Senior Leaving Certificate Examination (including Day School Certificate (Higher) General paper), 1948
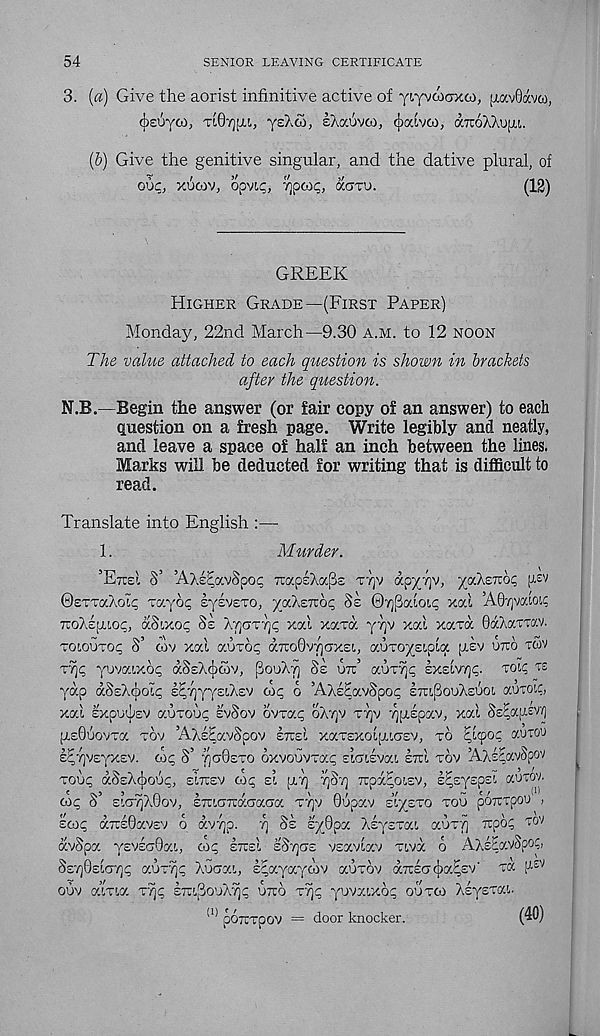
54
SENIOR LEAVING CERTIFICATE
3. [a) Give the aorist infinitive active of yiyvcocrxco, [xavOavw,
^euyGi, TiQruM, yeXco, sXocuvco, (^aivco, aTcoXAufxi,.
(b) Give the genitive singular, and the dative plural, of
O'JC, xuwv, opvi,i;, '/}p(£Q, IXCTTO.
(12)
GREEK
Higher Grade—(First Paper)
Monday, 22nd March—9.30 a.m. to 12 noon
The value attached to each question is shown in brackets
after the question.
N.B.—Begin the answer (or fair copy of an answer) to each
question on a fresh page. Write legibly and neatly,
and leave a space of half an inch between the lines.
Marks will be deducted for writing that is difficult to
read.
Translate into English :—
1.
Murder.
’Ettsl S’ ’AXs^avSpot; raxpsAocPs tt)v dpy/]v, yc/ikzTzhc, fisv
©sttocaolp tgcjoc; eysvETO, ypiXeTzbq §£ 07)(3atoi^ xal ’AG/jvaioti
7ro>.£[i.LO(;, aSixoq 8e XyjGrvjq xal xavd y7]v xal xavd OaXarrav.
toioutoc; S’ cov xal auvop dTroGv/jaxsi, aoro^sipla [xev utto tcov
T7)<; yuvaixop dSsAdGv, ^ooX^ Se ux’ auT% ixsiv/jq. toic, rs
yap dSEXc|)ol<; l^yystAEV coq o ’AXeEavSpo^ Itu[3ouX£Uoi a’JTOLC,
xal Expo^sv aoToo^ evSov ovvxq oXyjv ttjv yuspav, xal Ss^afrev - /)
[isQuovTa tov ’AXlEavSpov etceI xaT£xol[Ttc7£v, to <qi(poq auxou
|^7]V£yx£V. uq S’ ^gQeto oxvouvTac sloisvca etu tov ’AXscavSpov
tou^ dSsX^o’Jc, eItcev co<; el (A"/] 7)Sy irpa^oisv, sEsyeps!. aurov.
coq S’ EioTjAGov, ETUGTrdaaaa tt]v Gupav ei/exo too poitTpou ,
ecoq aTTsGavsv 6 dv/jp. -/) Se syGpa AsysTai aoTT] irpo? tov
dvSpa ysvscGa!,, cop etteI eStjcte vsavldv Tivd 6 AXeEavSpoG
SetjGeIgtjp auTyjp Xuaai, spayaycov auTov aTrsacjia^Ev' ra t a sv
ouv a’lTia T’^c etcl^ooXy)p utco tt)p yuvaixop outco XeysTac
!I) pOTCTpov = door knocker.
(40)